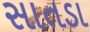
સાતડા